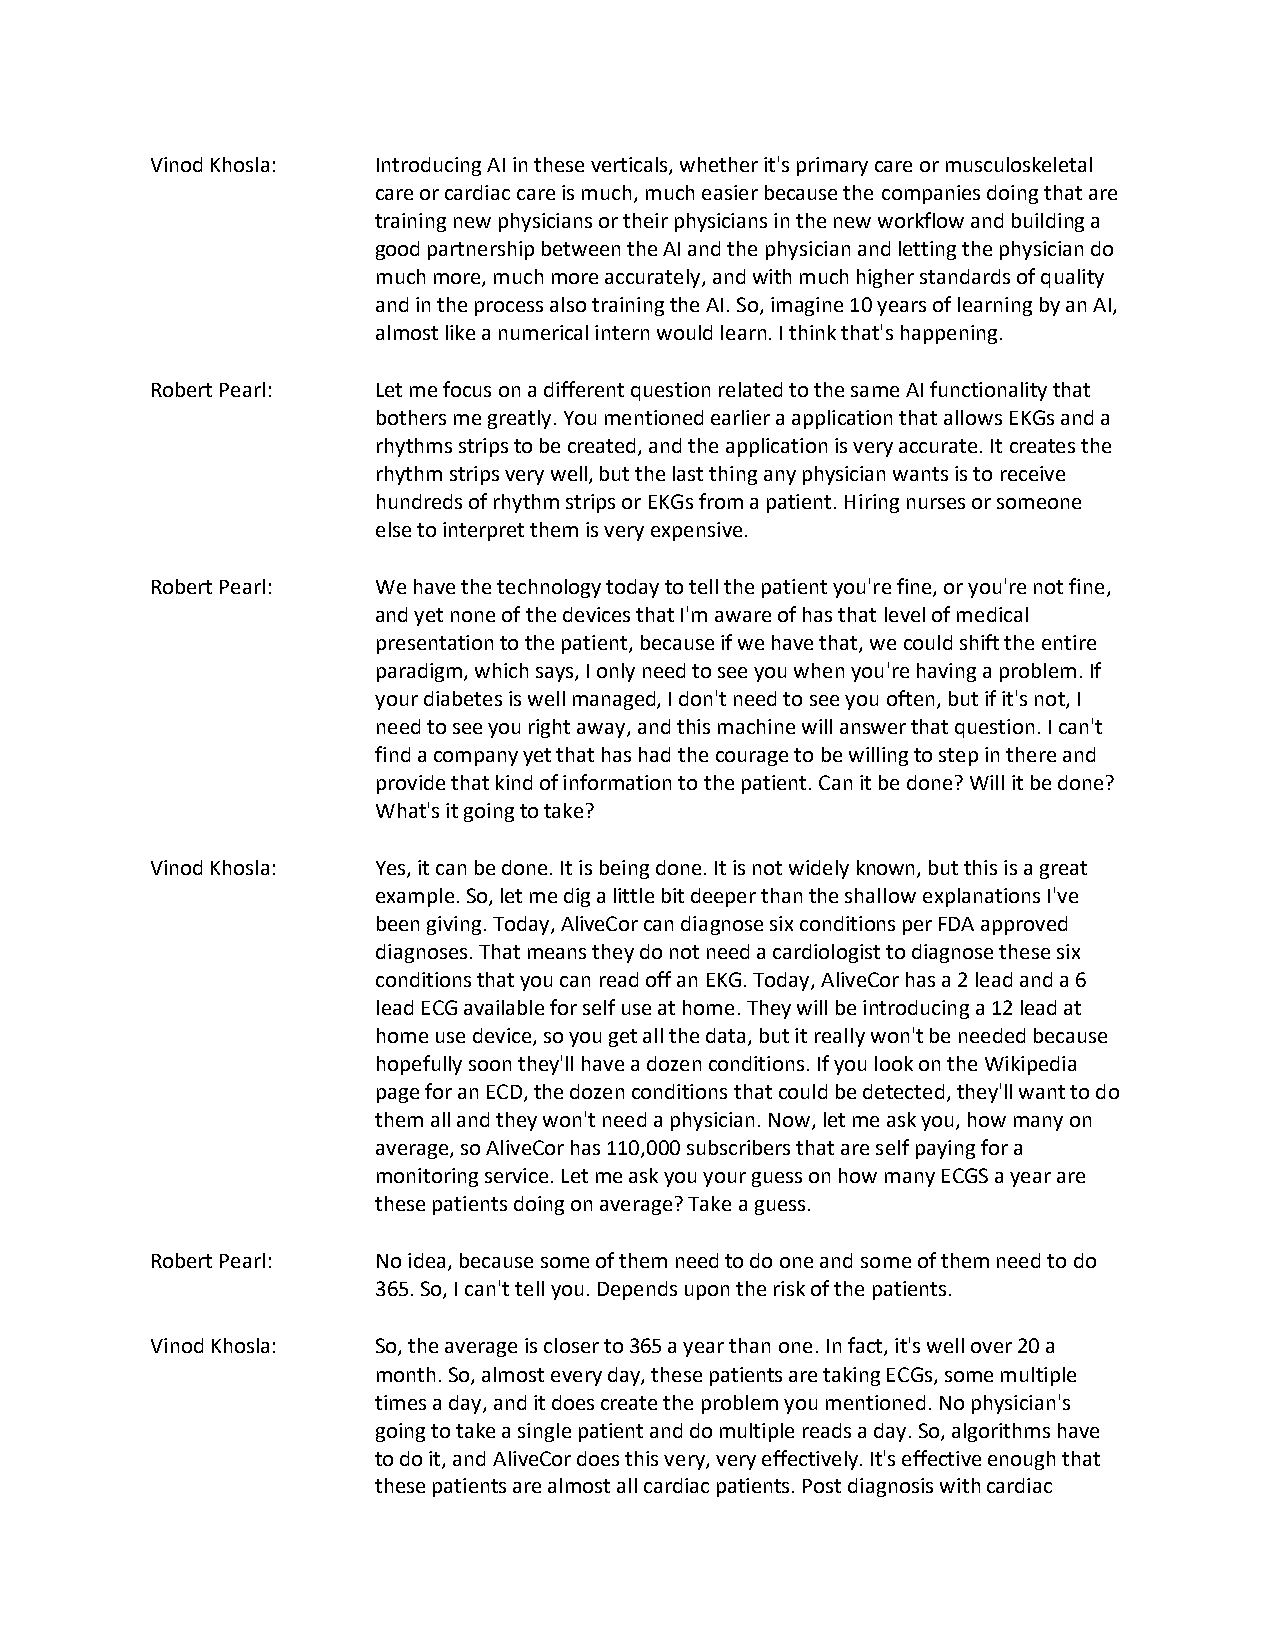
Vinod Khosla:  Introducing AI in these verticals, whether it's primary care or musculoskeletal
 care or cardiac care is much, much easier because the companies doing that are
 training new physicians or their physicians in the new workflow and building a
 good partnership between the AI and the physician and letting the physician do
 much more, much more accurately, and with much higher standards of quality
 and in the process also training the AI. So, imagine 10 years of learning by an AI,
 almost like a numerical intern would learn. I think that's happening.
 Robert Pearl:  Let me focus on a different question related to the same AI functionality that
 bothers me greatly. You mentioned earlier a application that allows EKGs and a
 rhythms strips to be created, and the application is very accurate. It creates the
 rhythm strips very well, but the last thing any physician wants is to receive
 hundreds of rhythm strips or EKGs from a patient. Hiring nurses or someone
 else to interpret them is very expensive.
 Robert Pearl:  We have the technology today to tell the patient you're fine, or you're not fine,
 and yet none of the devices that I'm aware of has that level of medical
 presentation to the patient, because if we have that, we could shift the entire
 paradigm, which says, I only need to see you when you're having a problem. If
 your diabetes is well managed, I don't need to see you often, but if it's not, I
 need to see you right away, and this machine will answer that question. I can't
 find a company yet that has had the courage to be willing to step in there and
 provide that kind of information to the patient. Can it be done? Will it be done?
 What's it going to take?
 Vinod Khosla:  Yes, it can be done. It is being done. It is not widely known, but this is a great
 example. So, let me dig a little bit deeper than the shallow explanations I've
 been giving. Today, AliveCor can diagnose six conditions per FDA approved
 diagnoses. That means they do not need a cardiologist to diagnose these six
 conditions that you can read off an EKG. Today, AliveCor has a 2 lead and a 6
 lead ECG available for self use at home. They will be introducing a 12 lead at
 home use device, so you get all the data, but it really won't be needed because
 hopefully soon they'll have a dozen conditions. If you look on the Wikipedia
 page for an ECD, the dozen conditions that could be detected, they'll want to do
 them all and they won't need a physician. Now, let me ask you, how many on
 average, so AliveCor has 110,000 subscribers that are self paying for a
 monitoring service. Let me ask you your guess on how many ECGS a year are
 these patients doing on average? Take a guess.
 Robert Pearl:  No idea, because some of them need to do one and some of them need to do
 365. So, I can't tell you. Depends upon the risk of the patients.
 Vinod Khosla:  So, the average is closer to 365 a year than one. In fact, it's well over 20 a
 month. So, almost every day, these patients are taking ECGs, some multiple
 times a day, and it does create the problem you mentioned. No physician's
 going to take a single patient and do multiple reads a day. So, algorithms have
 to do it, and AliveCor does this very, very effectively. It's effective enough that
 these patients are almost all cardiac patients. Post diagnosis with cardiac